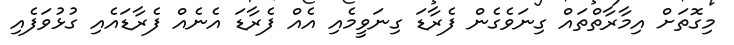
މިގޮތަށް އިމާރާތްތައް ގިނަވެގެން ފެރާޑަ ގިނަވީމެއި އެއް ފެރާޑަ އެނެއް ފެރާޑައެއި ގުޅުވަފެއި